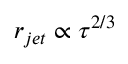
r _ { j e t } \propto \tau ^ { 2 / 3 }